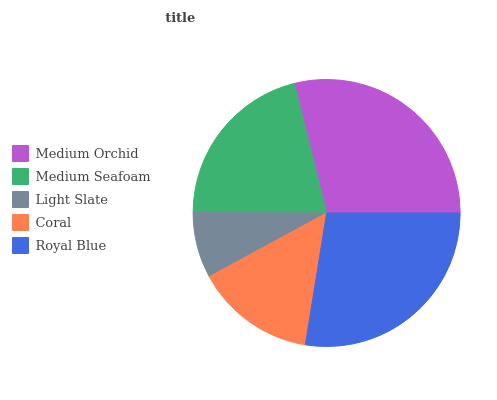
| Medium Orchid | Medium Seafoam | Light Slate | Coral | Royal Blue |
 | --- | --- | --- | --- | --- |
 | 28.8% | 21% | 7.97% | 14.6% | 27.6% |